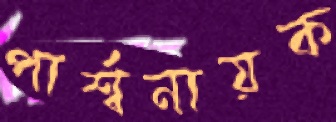
পার্শ্বনায়ক